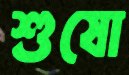
শুষো